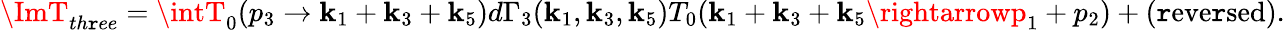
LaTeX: \ImT_{th\mathtt{r}ee}=\intT_{0}(p_{3}\rightarrow\mathbf{k}_{1}+\mathbf{k}_{3}+\mathbf{k}_{5})d\Gamma_{3}(\mathbf{k}_{1},\mathbf{k}_{3},\mathbf{k}_{5})T_{0}(\mathbf{k}_{1}+\mathbf{k}_{3}+\mathbf{k}_{5}\rightarrowp_{1}+p_{2})+\mathrm{{(\mathtt{r}eve\mathtt{r}sed)}}.